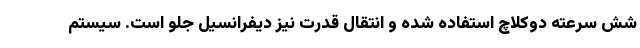
شش سرعته دوکلاچ استفاده شده و انتقال قدرت نیز دیفرانسیل جلو است. سیستم